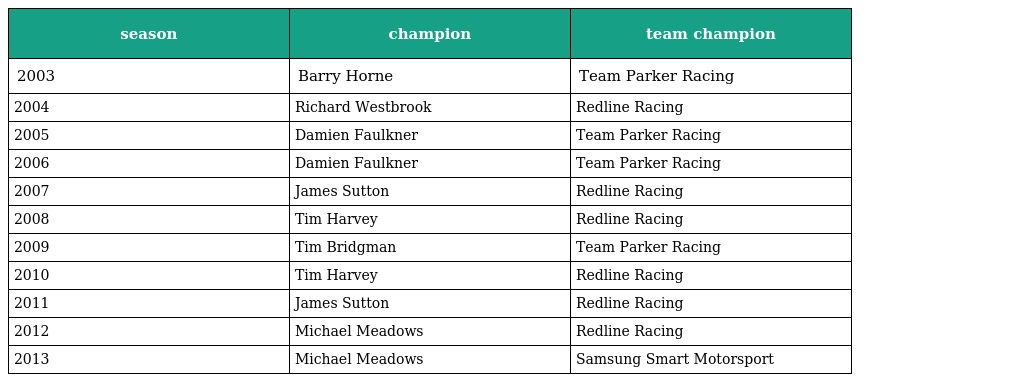
| season | champion | team champion |
 | --- | --- | --- |
 | 2003 | Barry Horne | Team Parker Racing |
 | 2004 | Richard Westbrook | Redline Racing |
 | 2005 | Damien Faulkner | Team Parker Racing |
 | 2006 | Damien Faulkner | Team Parker Racing |
 | 2007 | James Sutton | Redline Racing |
 | 2008 | Tim Harvey | Redline Racing |
 | 2009 | Tim Bridgman | Team Parker Racing |
 | 2010 | Tim Harvey | Redline Racing |
 | 2011 | James Sutton | Redline Racing |
 | 2012 | Michael Meadows | Redline Racing |
 | 2013 | Michael Meadows | Samsung Smart Motorsport |